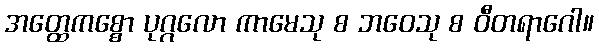
အတ္ထေကစ္စော ပုဂ္ဂလော ကာမေသု စ ဘဝေသု စ ဝီတရာဂေါ။